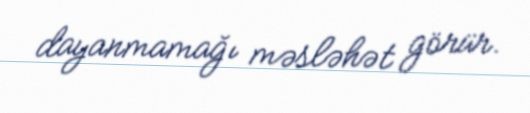
dayanmamağı məsləhət görür.